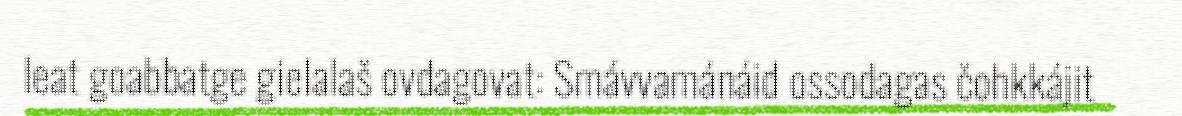
leat goabbatge gielalaš ovdagovat: Smávvamánáid ossodagas čohkkájit